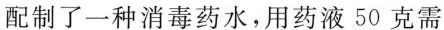
配制了一种消毒药水，用药液50克需